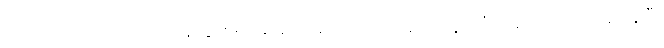
ကောင်လေးကို ကွင်းထဲပြန်သွားဖို့ ဂျူးဒစ် အော်ပြောမည့် ဆဲဆဲတွင် ဖီးလစ်ကလေးက ဒေါပွပြီး